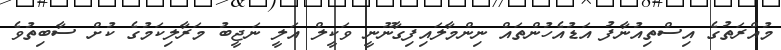
މުއްރަތުގެ އިސްތިއުނާފު އަޑުއެހުންތައް ނިންމާލައިފިގާނޫނީ ވަކީލް އަލީ ނަޖީބު މަރާލިކަމުގެ ކުށް ސާބިތުވެ